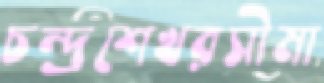
চন্দ্রশেখরসীমা